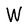
Character: W